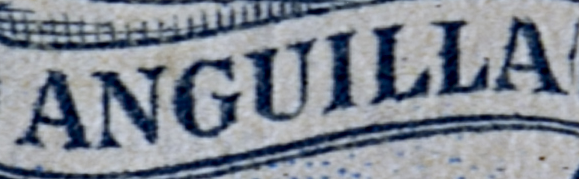
ANGUILLA